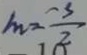
m = \frac { - 3 } { 2 }